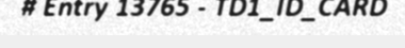
# Entry 13765 - TD1_ID_CARD